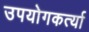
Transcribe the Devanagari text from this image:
उपयोगकर्त्या